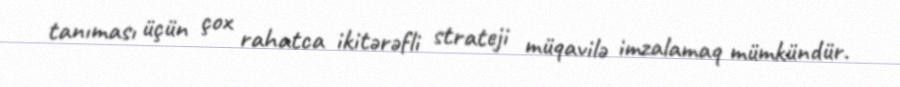
tanıması üçün çox rahatca ikitərəfli strateji müqavilə imzalamaq mümkündür.